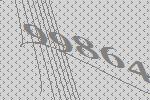
99864